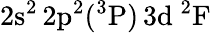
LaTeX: \mathrm{2s^{2}\, 2p^{2}(^{3}P)\, 3d~^{2}F}